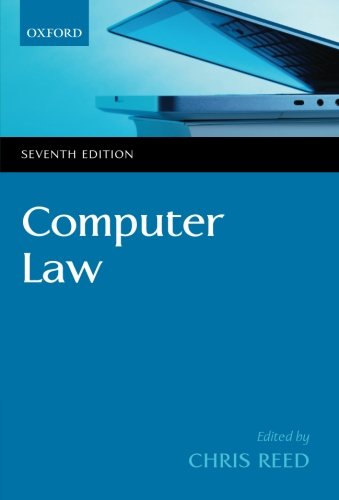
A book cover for Computer Law; Chris Reed; Law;